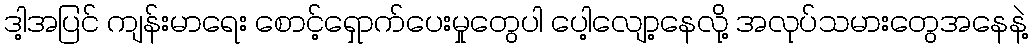
ဒါ့အပြင် ကျန်းမာရေး စောင့်ရှောက်ပေးမှုတွေပါ ပေါ့လျော့နေလို့ အလုပ်သမားတွေအနေနဲ့